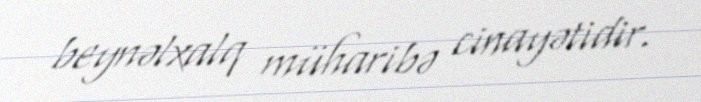
beynəlxalq müharibə cinayətidir.